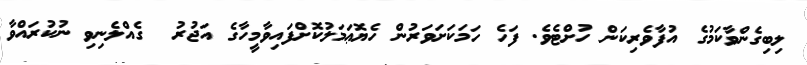
ލިބިގެންވާކަމުގެ އުފާވެރިކަން ހުށްޓެވެ. ފަހެ ހަމަކަށަވަރުން ހެޔޮޢަމަލުކޮށްފައިވާމީހާގެ އަޖުރު  ގެއްލެނިވި ނުކުރައްވާ